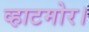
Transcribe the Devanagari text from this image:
व्हाटमोर।